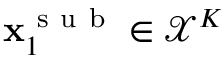
\mathbf { x } _ { 1 } ^ { \mathrm { ~ s ~ u ~ b ~ } } \in \mathcal { X } ^ { K }